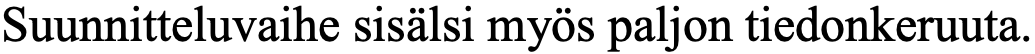
Suunnitteluvaihe sisälsi myös paljon tiedonkeruuta.